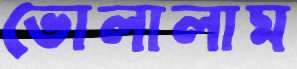
ভোলালাম